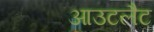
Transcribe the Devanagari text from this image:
आउटलैट